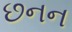
છનન